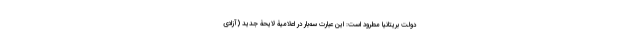
دولت بریتانیا مطرود است: این عبارت سه‌بار در اعلامیۀ لایحۀ جدید (آزادی